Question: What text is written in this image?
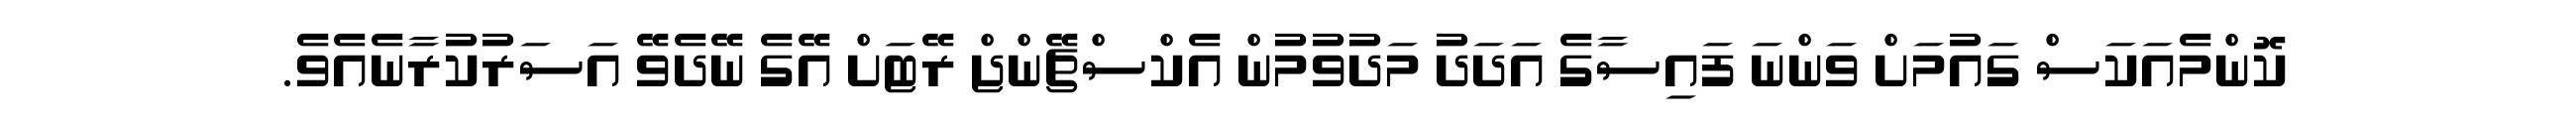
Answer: ކޮންމެއަކަސް ގައުމަށް ވަންނަ ފައިސާގެ އަދަދު މަދުވުމުން އެކްސްޗޭންޖް ރޭޓަށް އޭގެ ނޭދެވޭ އަސަރުކުރާނެއެވެ.